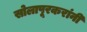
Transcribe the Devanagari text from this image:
सोलापूरकरांनी